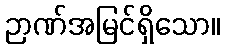
ဉာဏ်အမြင်ရှိသော။